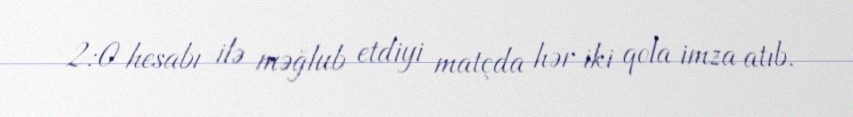
2:0 hesabı ilə məğlub etdiyi matçda hər iki qola imza atıb.